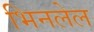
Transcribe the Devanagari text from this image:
भिनलेल